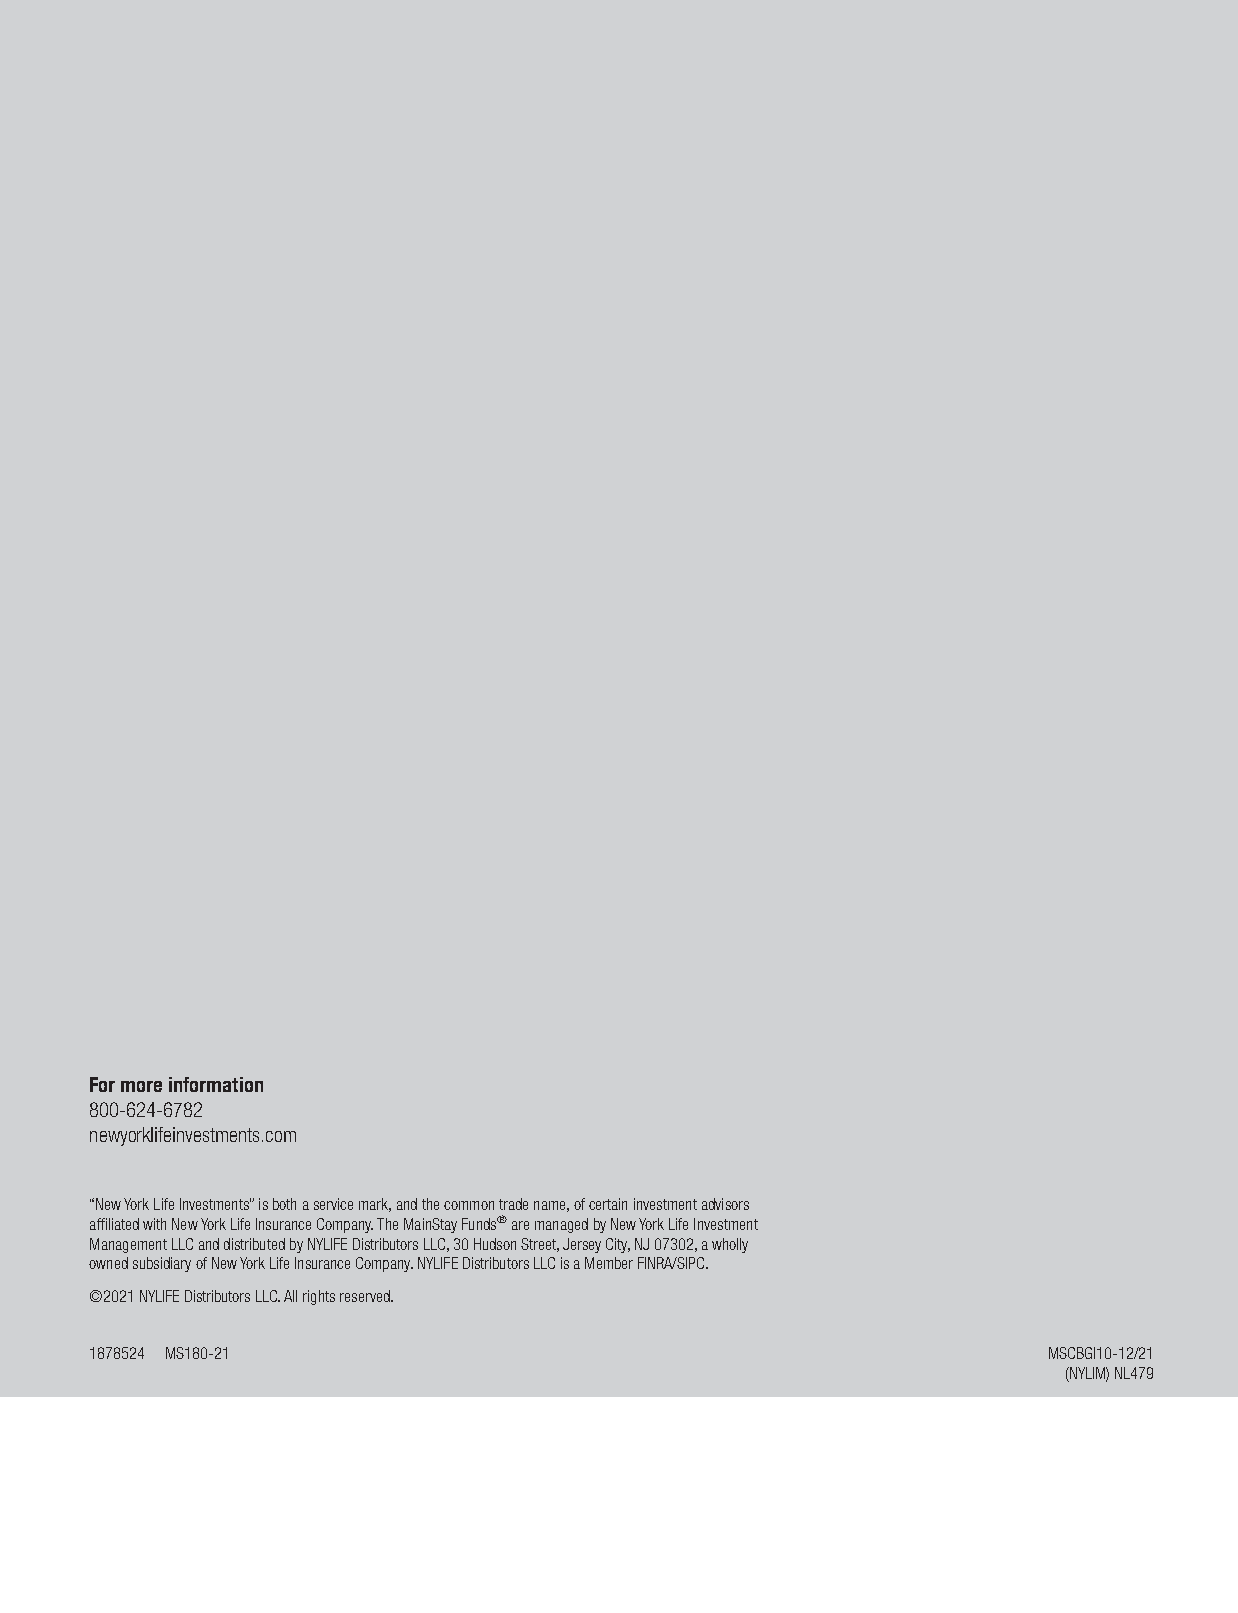
Formoreinformation
 800-624-6782
 newyorklifeinvestments.com
 “NewYorkLifeInvestments”isbothaservicemark,andthecommontradename,ofcertaininvestmentadvisors
 affiliatedwithNewYorkLifeInsuranceCompany.TheMainStayFunds®aremanagedbyNewYorkLifeInvestment
 ManagementLLCanddistributedbyNYLIFEDistributorsLLC,30HudsonStreet,JerseyCity,NJ07302,awholly
 ownedsubsidiaryofNewYorkLifeInsuranceCompany.NYLIFEDistributorsLLCisaMemberFINRA/SIPC.
 ©2021NYLIFEDistributorsLLC.Allrightsreserved.
 1878524 MS180-21                                               MSCBGI10-12/21
 (NYLIM)NL479